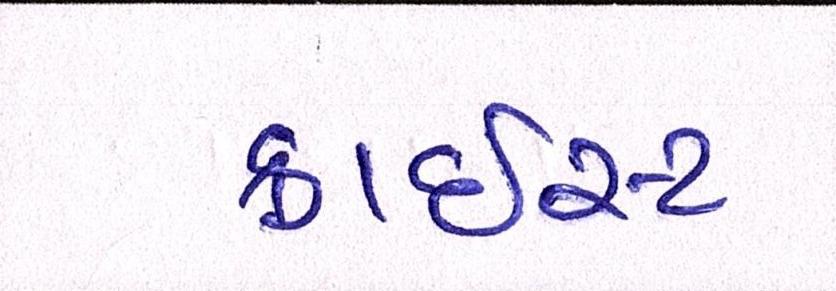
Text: ક્રાઇસ્ટ